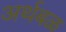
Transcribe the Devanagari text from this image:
अर्थबळ